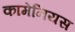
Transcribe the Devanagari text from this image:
कामेनियस